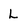
Character: L